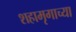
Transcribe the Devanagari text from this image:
शहामृगाच्या